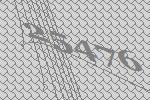
25476